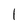
Character: 1